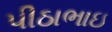
પીઠાભાઇ